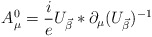
\begin{align*}A_\mu^0 = \frac{i}{e}U_{\vec \beta} * \partial_\mu (U_{\vec\beta})^{-1}\end{align*}